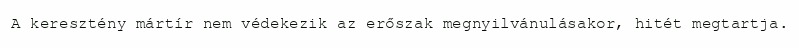
A keresztény mártír nem védekezik az erőszak megnyilvánulásakor, hitét megtartja.